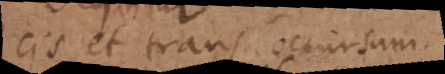
cis et trans occursum.